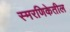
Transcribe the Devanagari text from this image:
स्मरणिकेतील